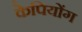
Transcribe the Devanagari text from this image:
केपियोंग